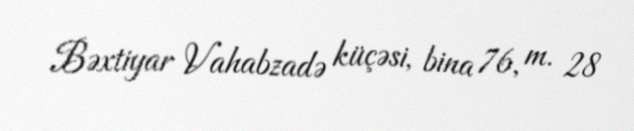
Bəxtiyar Vahabzadə küçəsi, bina 76, m. 28